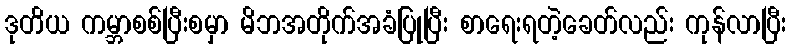
ဒုတိယ ကမ္ဘာစစ်ပြီးစမှာ မိဘအတိုက်အခံပြုပြီး စာရေးရတဲ့ခေတ်လည်း ကုန်လာပြီး